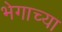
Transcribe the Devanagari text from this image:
भेगाच्या